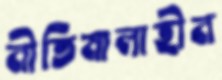
নীতিমালাহীন